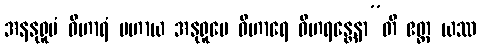
အနနုရူပံ ဝိဟာရံ ပဟာယ အနုရူပေ ဝိဟာရေ ဝိဟရန္တေနာ”တိ ဧတ္ထ ယဿ